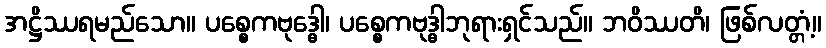
အဋ္ဌိဿရမည်သော။ ပစ္စေကဗုဒ္ဓေါ၊ ပစ္စေကဗုဒ္ဓါဘုရားရှင်သည်။ ဘဝိဿတိ၊ ဖြစ်လတ္တံ့။